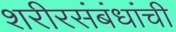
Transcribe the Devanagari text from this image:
शरीरसंबंधांची